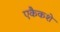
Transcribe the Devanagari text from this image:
एकैकशे